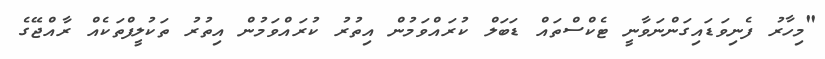
"މިހާރު ފެނިވަޑައިގަންނަވާނީ ޓެކްސްތައް ޑަބަލް ކުރައްވަމުން އިތުރު ކުރައްވަމުން އިތުރު ތަކުލީފްތަކެއް ރާއްޖޭގެ